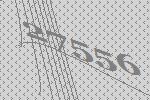
27556